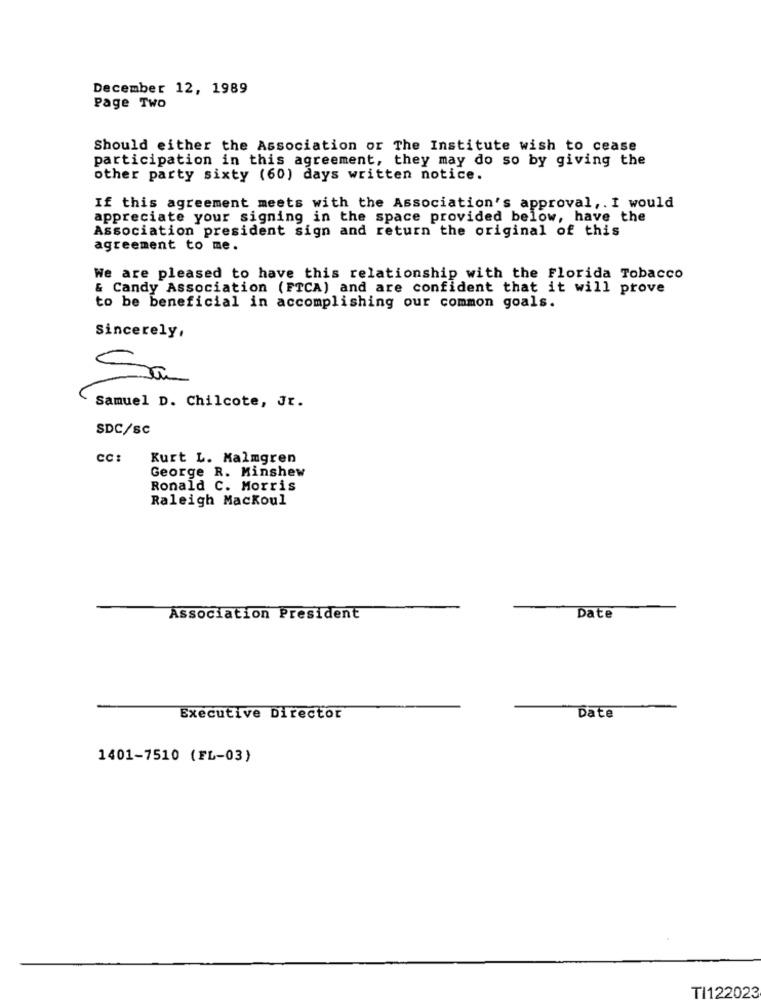
December 12, 1989
Page Two
Should either the Association or The Institute wish to cease
participation in this agreement, they may do so by giving the
other party sixty (60) days written notice.
If this agreement meets with the Association's approval ,. I would
appreciate your signing in the space provided below, have the
Association president sign and return the original of this
agreement to me.
We are pleased to have this relationship with the Florida Tobacco
& Candy Association (FTCA) and are confident that it will prove
to be beneficial in accomplishing our common goals.
Sincerely,
Sa
Samuel D. Chilcote, Jr.
SDC/SC
CC:
Kurt L. Malmgren
George R. Minshew
Ronald C. Morris
Raleigh Mackoul
Association President
Date
Date
Executive Director
1401-7510 (FL-03)
T/122023